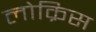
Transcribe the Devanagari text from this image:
लोक्रिस